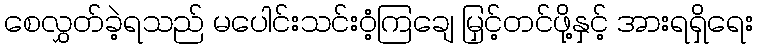
စေလွှတ်ခဲ့ရသည် မပေါင်းသင်းဝံ့ကြချေ မြှင့်တင်ဖို့နှင့် အားရရှိရေး